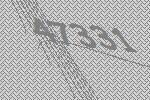
47331